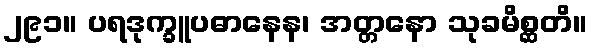
၂၉၁။ ပရဒုက္ခူပဓာနေန၊ အတ္တနော သုခမိစ္ဆတိ။